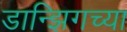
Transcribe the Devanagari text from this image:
डान्झिगच्या